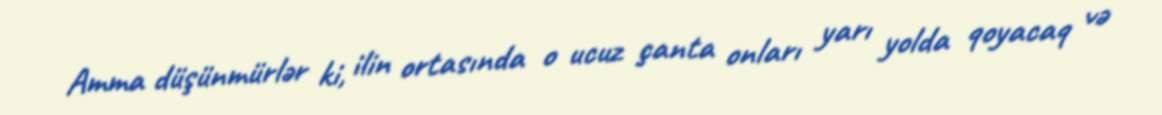
Amma düşünmürlər ki, ilin ortasında o ucuz çanta onları yarı yolda qoyacaq və